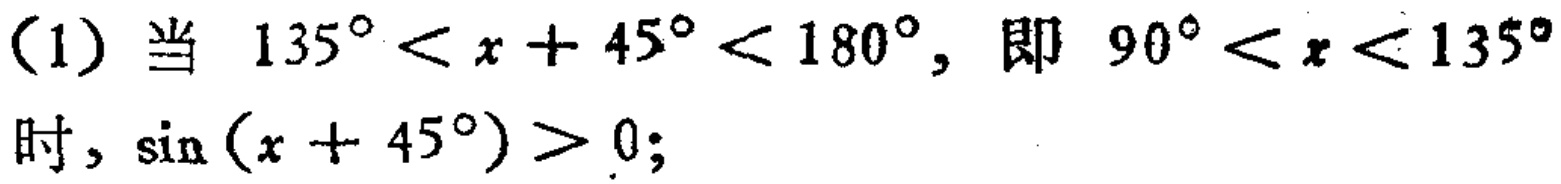
(1) 当 \(135^{\circ}<x + 45^{\circ}<180^{\circ}\), 即 \(90^{\circ}<x<135^{\circ}\) 时, \(\sin(x + 45^{\circ})>0\);